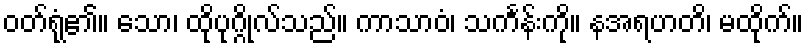
ဝတ်ရုံ၏။ သော၊ ထိုပုဂ္ဂိုလ်သည်။ ကာသာဝံ၊ သင်္ကန်းကို။ နအရဟတိ၊ မထိုက်။